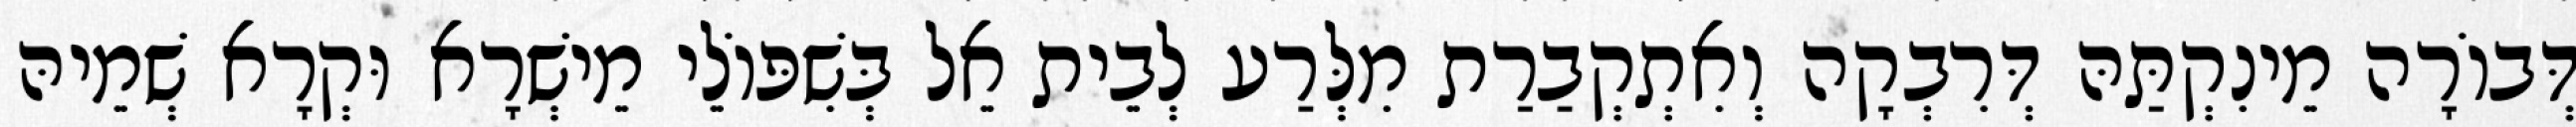
דְּבוֹרָה מֵינִקְתַּהּ דְּרִבְקָה וְאִתְקְבַרַת מִלְּרַע לְבֵית אֵל בְּשִׁפּוֹלֵי מֵישְׁרָא וּקְרָא שְׁמֵיהּ